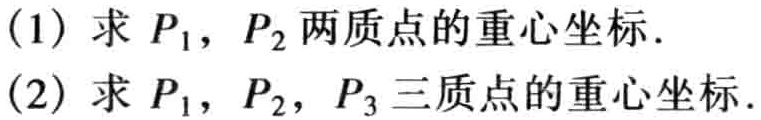
(1) 求 \(P_1\)，\(P_2\) 两质点的重心坐标．

(2) 求 \(P_1\)，\(P_2\)，\(P_3\) 三质点的重心坐标．